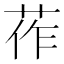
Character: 莋